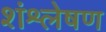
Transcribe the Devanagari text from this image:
शंश्लेषण